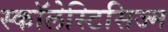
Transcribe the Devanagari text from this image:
स्कॉलेस्टिसिज्म